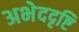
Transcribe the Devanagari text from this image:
अभेददृष्टि